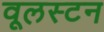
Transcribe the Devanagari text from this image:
वूलस्टन